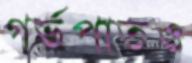
গর্ভপাতও